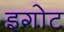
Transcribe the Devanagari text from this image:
इगोट